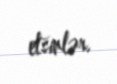
etsinlər.